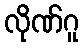
လိုဏ်ဂူ